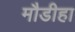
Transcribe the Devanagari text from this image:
मौडीहा